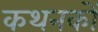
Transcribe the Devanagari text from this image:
कथनकों